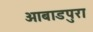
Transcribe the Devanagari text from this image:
आबाडपुरा